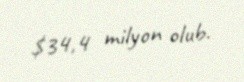
$34,4 milyon olub.